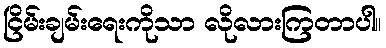
ငြိမ်းချမ်းရေးကိုသာ လိုလားကြတာပါ။